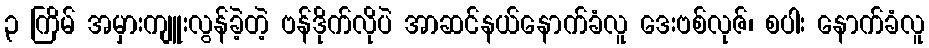
၃ ကြိမ် အမှားကျူးလွန်ခဲ့တဲ့ ဗန်ဒိုက်လိုပဲ အာဆင်နယ်နောက်ခံလူ ဒေးဗစ်လုဇ်၊ စပါး နောက်ခံလူ